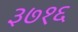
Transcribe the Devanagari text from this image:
३७१६